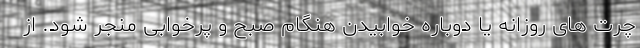
چرت های روزانه یا دوباره خوابیدن هنگام صبح و پرخوابی منجر شود. از